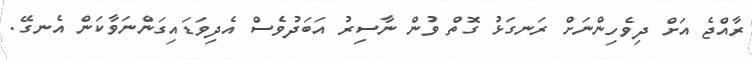
ރާއްޖެ އަށް ދިވެހިންނަށް ރަނގަޅު ގޮތް ވުން ނާސިރު އަބަދުވެސް އެދިވަޑައިގަންނަވާކަން އެނގޭ.